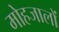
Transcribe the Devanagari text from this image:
मोहजालों